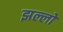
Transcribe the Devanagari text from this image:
झल्लों